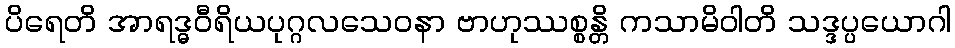
ပိရေတိ အာရဒ္ဓဝီရိယပုဂ္ဂလသေဝနာ ဗာဟုဿစ္စန္တိ ကသာမိဝါတိ သဒ္ဒပ္ပယောဂါ